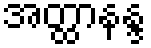
အတ္ထာနန္ဒ